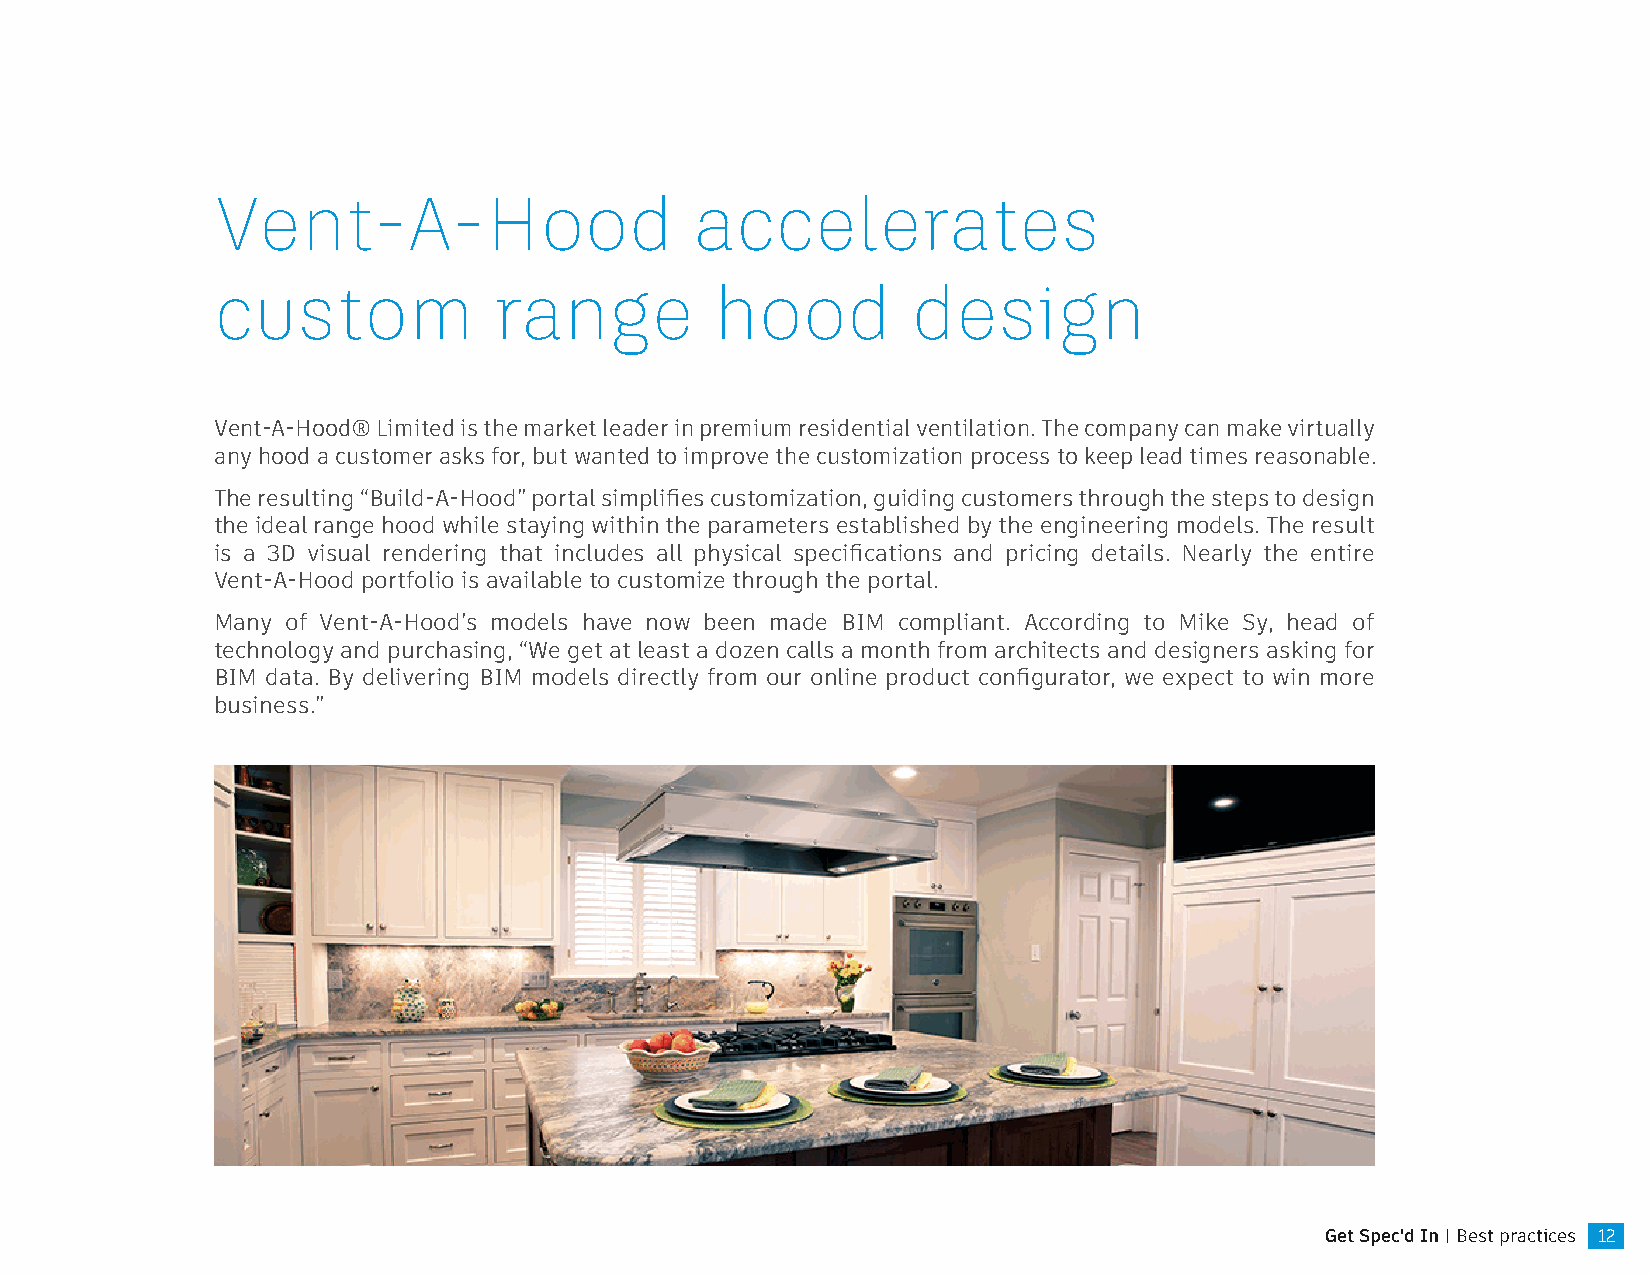
Vent-A-Hood                     accelerates
 custom             range         hood         design
 Vent-A-Hood® Limited is the market leader in premium residential ventilation. The company can make virtually
 any hood a customer asks for, but wanted to improve the customization process to keep lead times reasonable.
 The resulting “Build-A-Hood” portal simplifies customization, guiding customers through the steps to design
 the ideal range hood while staying within the parameters established by the engineering models. The result
 is a 3D visual rendering that includes all physical specifications and pricing details. Nearly the entire
 Vent-A-Hood portfolio is available to customize through the portal.
 Many of Vent-A-Hood’s models have now been made BIM compliant. According to Mike Sy, head of
 technology and purchasing, “We get at least a dozen calls a month from architects and designers asking for
 BIM data. By delivering BIM models directly from our online product configurator, we expect to win more
 business.”
 Get Spec'd In | Best practices 12